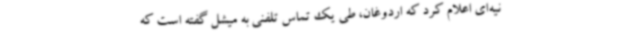
نیه‌ای اعلام کرد که اردوغان، طی یک تماس تلفنی به میشل گفته است که